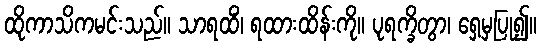
ထိုကာသိကမင်းသည်။ သာရထိံ၊ ရထားထိန်းကို။ ပုရက္ခိတွာ၊ ရှေ့မှပြု၍။